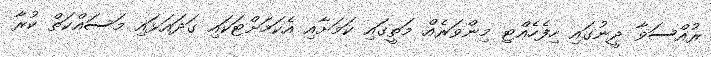
ރުއްސަވާ ދީނުގައި ހިފެހެއްޓި މިންވަރެއް މަތީގައި ކަމަށާއި އެކަމަށްޓަކައި ގަދައަޅައި މަސައްކަތް ކުރާ